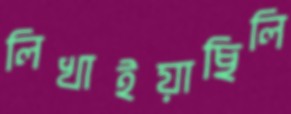
লিখাইয়াছিলি